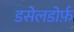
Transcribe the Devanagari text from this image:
डसेलडोर्फ़